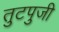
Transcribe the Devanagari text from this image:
तुटपुजी